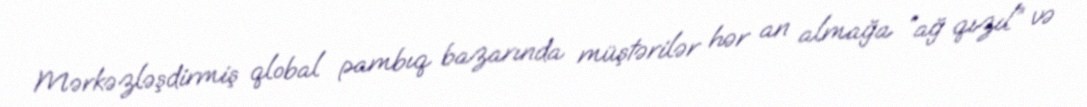
Mərkəzləşdirmiş qlobal pambıq bazarında müştərilər hər an almağa “ağ qızıl” və